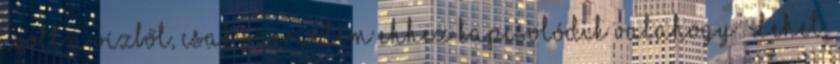
ivott a vízből, csak szerintem ehhez kapcsolódik valahogy: Lehet,